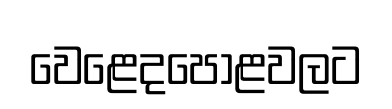
වෙළෙදපොළවලට